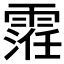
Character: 𱁢